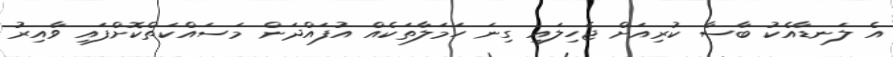
އެ ލަނޑާއެކު ބާސާ ކުރިއަށް ޖެހިލައި ގިނަ ހަމަލާތަކެއް އުފައްދަން މަސައްކަތްކޮށްފައި ވާއިރު